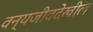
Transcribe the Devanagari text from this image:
वन्यजीवदेखील